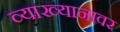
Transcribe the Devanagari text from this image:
व्याख्यानावर